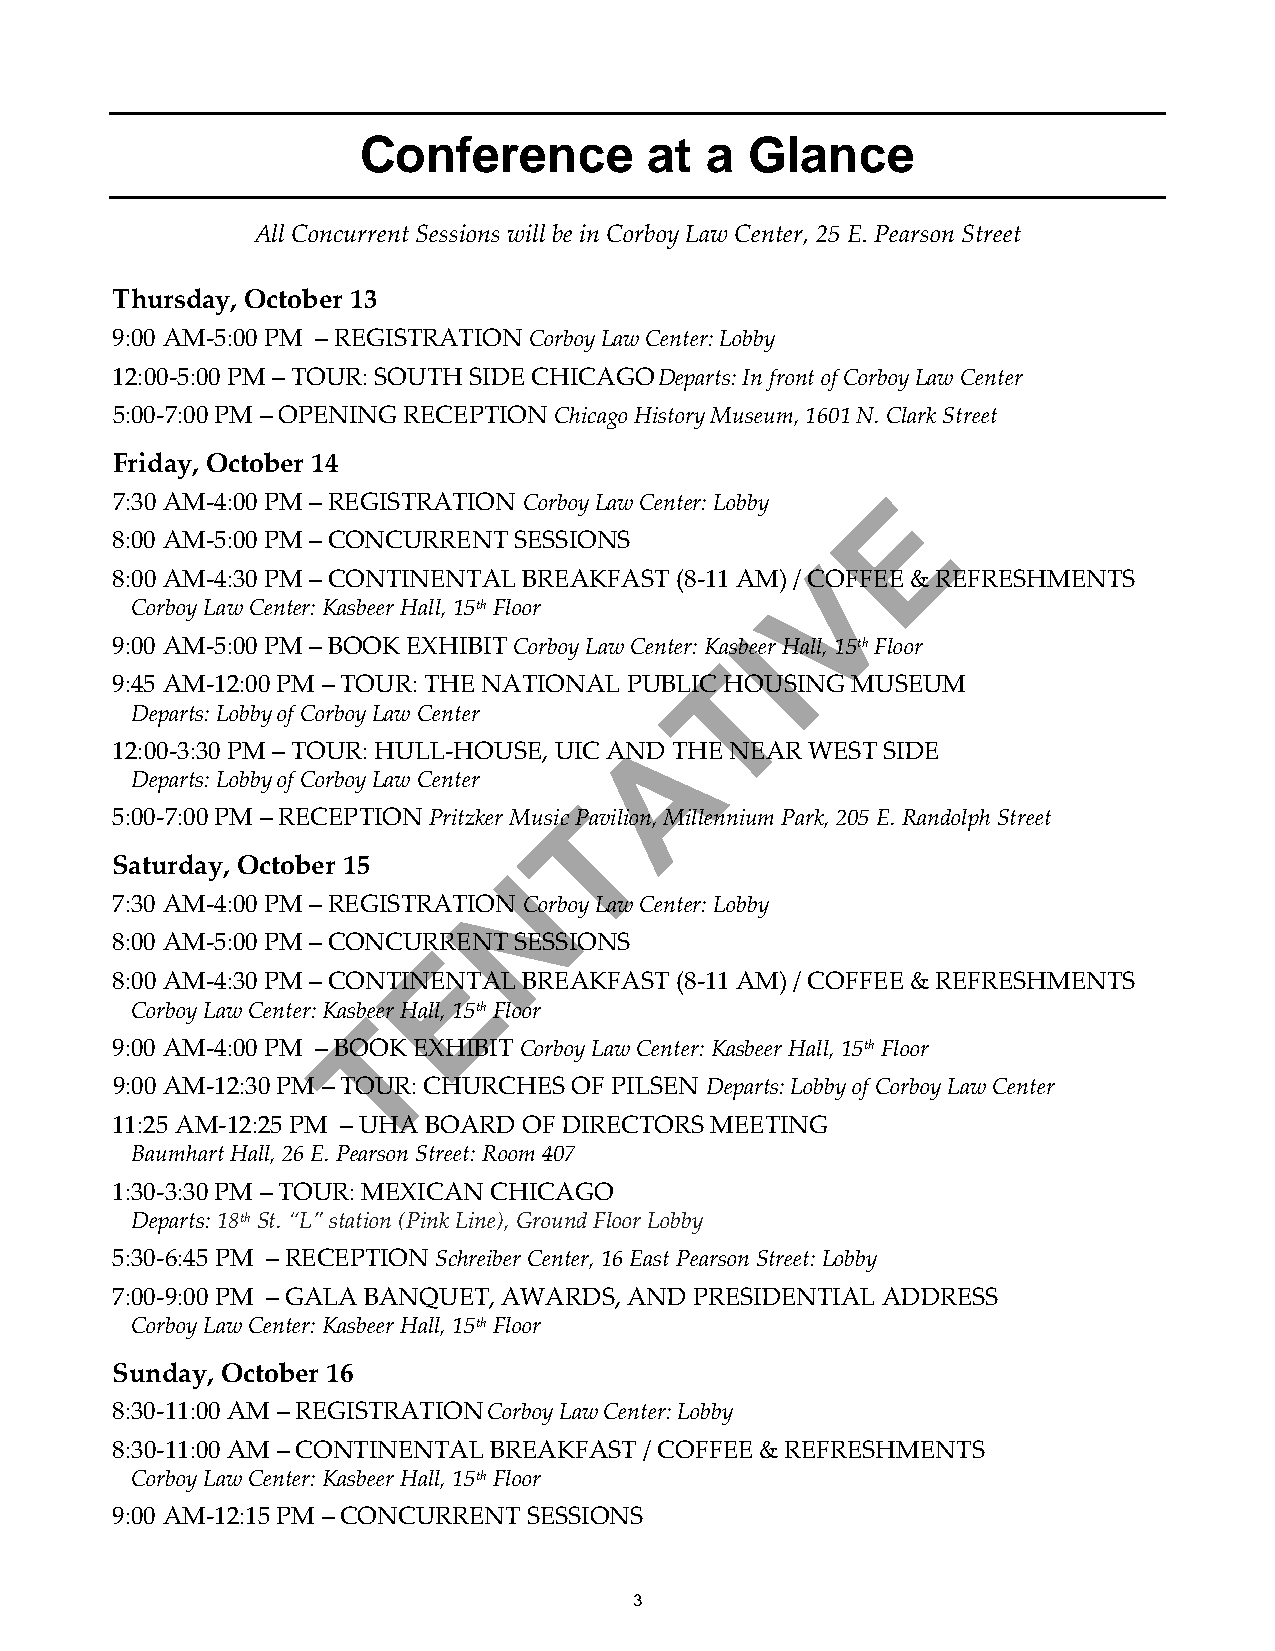
Conference         at  a  Glance
 All Concurrent Sessions will be in Corboy Law Center, 25 E. Pearson Street
 Thursday, October 13
 9:00 AM-5:00 PM – REGISTRATION Corboy Law Center: Lobby
 12:00-5:00 PM – TOUR: SOUTH SIDE CHICAGO Departs: In front of Corboy Law Center
 5:00-7:00 PM – OPENING RECEPTION Chicago History Museum, 1601 N. Clark Street
 Friday, October 14
 E
 7:30 AM-4:00 PM – REGISTRATION Corboy Law Center: Lobby
 8:00 AM-5:00 PM – CONCURRENT SESSIONS
 V
 8:00 AM-4:30 PM – CONTINENTAL BREAKFAST (8-11 AM) / COFFEE & REFRESHMENTS
 Corboy Law Center: Kasbeer Hall, 15th Floor
 I
 9:00 AM-5:00 PM – BOOK EXHIBIT Corboy Law Center: Kasbeer Hall, 15th Floor
 T
 9:45 AM-12:00 PM – TOUR: THE NATIONAL PUBLIC HOUSING MUSEUM
 Departs: Lobby of Corboy Law Center
 A
 12:00-3:30 PM – TOUR: HULL-HOUSE, UIC AND THE NEAR WEST SIDE
 Departs: Lobby of Corboy Law Center
 T
 5:00-7:00 PM – RECEPTION Pritzker Music Pavilion, Millennium Park, 205 E. Randolph Street
 Saturday, October 15       N
 7:30 AM-4:00 PM – REGISTRATION Corboy Law Center: Lobby
 8:00 AM-5:00 PM – CONCURERENT SESSIONS
 8:00 AM-4:30 PM – CONTINENTAL BREAKFAST (8-11 AM) / COFFEE & REFRESHMENTS
 Corboy Law Center: Kasb Teer Hall, 15th Floor
 9:00 AM-4:00 PM – BOOK EXHIBIT Corboy Law Center: Kasbeer Hall, 15th Floor
 9:00 AM-12:30 PM – TOUR: CHURCHES OF PILSEN Departs: Lobby of Corboy Law Center
 11:25 AM-12:25 PM – UHA BOARD OF DIRECTORS MEETING
 Baumhart Hall, 26 E. Pearson Street: Room 407
 1:30-3:30 PM – TOUR: MEXICAN CHICAGO
 Departs: 18th St. “L” station (Pink Line), Ground Floor Lobby
 5:30-6:45 PM – RECEPTION Schreiber Center, 16 East Pearson Street: Lobby
 7:00-9:00 PM – GALA BANQUET, AWARDS, AND PRESIDENTIAL ADDRESS
 Corboy Law Center: Kasbeer Hall, 15th Floor
 Sunday, October 16
 8:30-11:00 AM – REGISTRATION Corboy Law Center: Lobby
 8:30-11:00 AM – CONTINENTAL BREAKFAST / COFFEE & REFRESHMENTS
 Corboy Law Center: Kasbeer Hall, 15th Floor
 9:00 AM-12:15 PM – CONCURRENT SESSIONS
 3